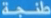
طريقة